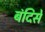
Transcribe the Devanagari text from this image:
बंदिसे